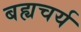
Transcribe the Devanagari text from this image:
बह्यचर्य